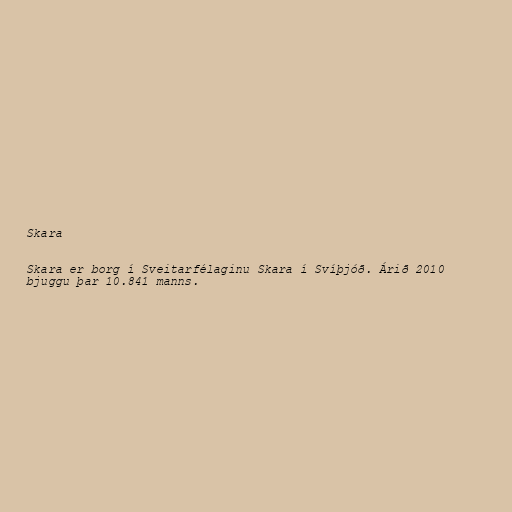
Skara

Skara er borg í Sveitarfélaginu Skara í Svíþjóð. Árið 2010
bjuggu þar 10.841 manns.